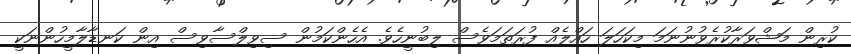
ކުރިން މަޝްވަރާކުރެވުނުނަމަ މިކަހަލަ ހައްލެއް ފުރަތަމަވެސް ލިބުނީހެވެ. އެހެންކަމުން ސިވިލްސާވިސް އިން ކަނޑާލާމީހުންނަކީ